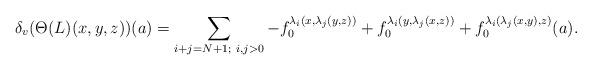
LaTeX: \begin{align*}\delta_v(\Theta(L)(x,y,z))(a)=\sum_{i+j=N+1;~ i,j>0}-f_0^{\lambda_i(x,\lambda_j(y,z))}+f_0^{\lambda_i(y,\lambda_j(x,z))}+f_0^{\lambda_i(\lambda_j(x,y),z)}(a).\end{align*}